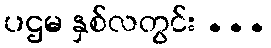
ပဌမ နှစ်လတွင်း ...